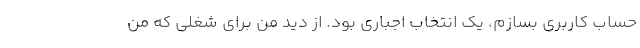
حساب کاربری بسازم، یک انتخاب اجباری بود. از دید من برای شغلی که من